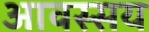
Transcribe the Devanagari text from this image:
आवस्सय